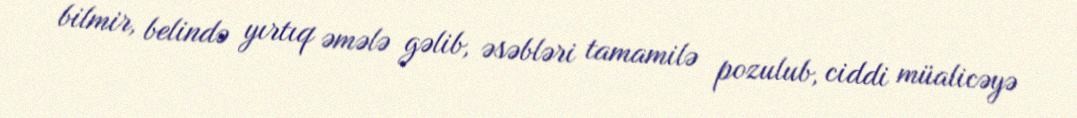
bilmir, belində yırtıq əmələ gəlib, əsəbləri tamamilə pozulub, ciddi müalicəyə